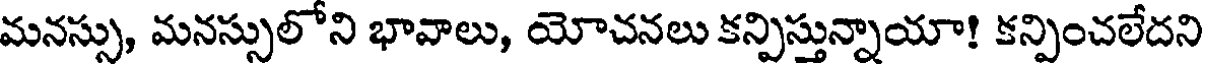
మనస్సు, మనస్సులోని భావాలు, యోచనలు కన్పిస్తున్నాయా! కన్పించలేదని